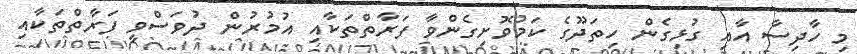
މި ހާދިސާ އާއި ގުޅިގެން ހިތަދޫގެ ކަމުވޮށިގެންވާ ފަރާތްތަކާއި އުމުރުން ދުވަސްވީ ފަރާތްތަކާއި